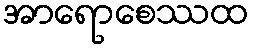
အာရောစေဿထ